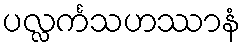
ပလ္လင်္ကသဟဿာနံ